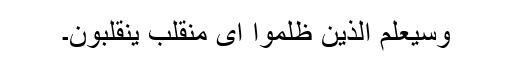
وسیعلم الذین ظلموا ای منقلب ینقلبون۔